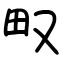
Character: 𤰖